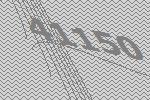
41150